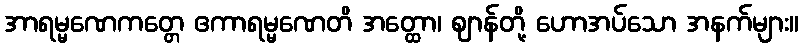
အာရမ္မဏေကတ္တေ ဧကာရမ္မဏေတိ အတ္ထော၊ ဈာန်တို့ ဟောအပ်သော အနက်များ။